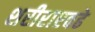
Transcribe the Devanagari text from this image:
शरीराएवढे